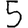
Digit: 5